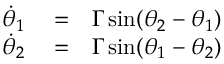
\begin{array} { r l r } { \dot { \theta } _ { 1 } } & { { } = } & { \Gamma \, \mathrm { s i n } ( \theta _ { 2 } - \theta _ { 1 } ) } \\ { \dot { \theta } _ { 2 } } & { { } = } & { \Gamma \, \mathrm { s i n } ( \theta _ { 1 } - \theta _ { 2 } ) } \end{array}